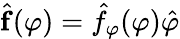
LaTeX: \hat{{\mathbf f}}(\varphi)=\hat{f}_{\varphi}(\varphi)\hat{\varphi}